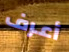
أعرف